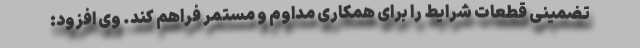
تضمینی قطعات شرایط را برای همکاری مداوم و مستمر فراهم کند. وی افزود: